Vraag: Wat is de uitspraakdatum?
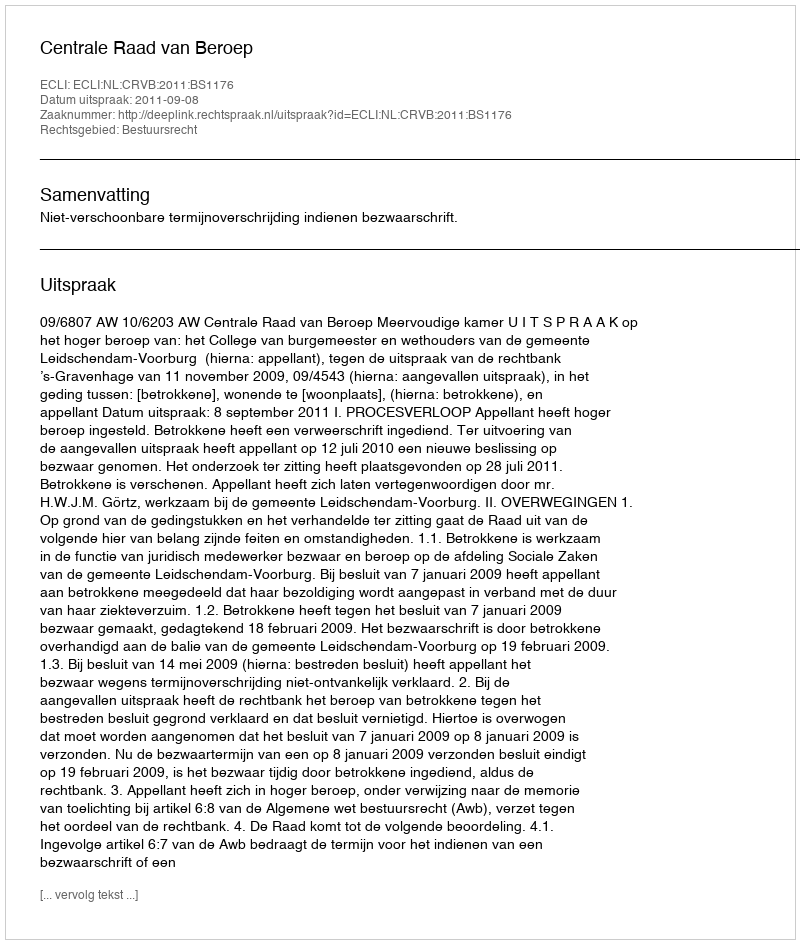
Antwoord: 2011-09-08